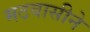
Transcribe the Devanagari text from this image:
मठवासीने